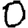
Digit: 0